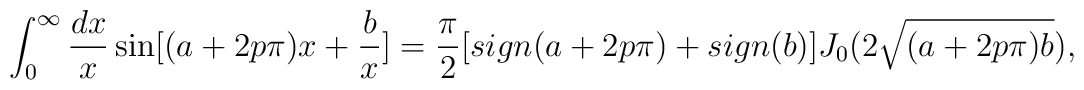
\int^{\infty}_0 {dx \over x} \sin  [(a+2p \pi)x + {b \over x}] = {\pi \over 2} [sign	(a+2p\pi) + sign(b)] J_0 (2 \sqrt{(a+2p \pi)b}),